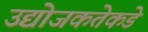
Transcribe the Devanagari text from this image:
उद्योजकतेकडे